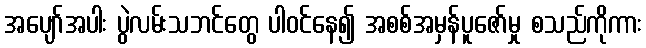
အပျော်အပါး ပွဲလမ်းသဘင်တွေ ပါဝင်နေ၍ အစစ်အမှန်ပူဇော်မှု စသည်ကိုကား